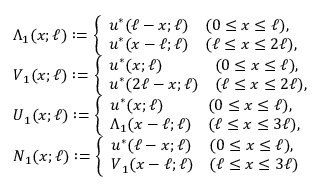
\begin{array} { r l } & { \boldsymbol { \Lambda } _ { 1 } ( x ; \ell ) : = \left\{ \begin{array} { l l } { \boldsymbol { u } ^ { * } ( \ell - x ; \ell ) } & { ( 0 \leq x \le \ell ) , } \\ { \boldsymbol { u } ^ { * } ( x - \ell ; \ell ) } & { ( \ell \le x \le 2 \ell ) , } \end{array} \right. } \\ & { \boldsymbol { V } _ { 1 } ( x ; \ell ) : = \left\{ \begin{array} { l l } { \boldsymbol { u } ^ { * } ( x ; \ell ) } & { ( 0 \leq x \le \ell ) , } \\ { \boldsymbol { u } ^ { * } ( 2 \ell - x ; \ell ) } & { ( \ell \le x \le 2 \ell ) , } \end{array} \right. } \\ & { \boldsymbol { U } _ { 1 } ( x ; \ell ) : = \left\{ \begin{array} { l l } { \boldsymbol { u } ^ { * } ( x ; \ell ) } & { ( 0 \leq x \le \ell ) , } \\ { \boldsymbol { \Lambda } _ { 1 } ( x - \ell ; \ell ) } & { ( \ell \le x \le 3 \ell ) , } \end{array} \right. } \\ & { \boldsymbol { N } _ { 1 } ( x ; \ell ) : = \left\{ \begin{array} { l l } { \boldsymbol { u } ^ { * } ( \ell - x ; \ell ) } & { ( 0 \leq x \le \ell ) , } \\ { \boldsymbol { V } _ { 1 } ( x - \ell ; \ell ) } & { ( \ell \le x \le 3 \ell ) } \end{array} \right. } \end{array}